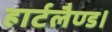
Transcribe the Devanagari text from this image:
हार्टलैण्ड।